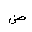
Letter: _dad